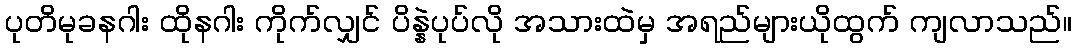
ပုတိမုခနဂါး ထိုနဂါး ကိုက်လျှင် ပိန္နဲပုပ်လို အသားထဲမှ အရည်များယိုထွက် ကျလာသည်။